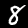
Label: 8